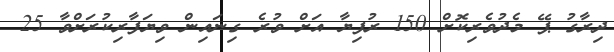
ދިރާގު ޕޭ މެދުވެރިކޮށް 150 ރުފިޔާ އަށް ވުރެ ގިނައިން ވިޔަފާރިކުރަށްވާ 25